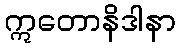
ဣတောနိဒါနာ